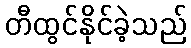
တီထွင်နိုင်ခဲ့သည်